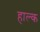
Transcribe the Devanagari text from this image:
हाल्क